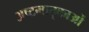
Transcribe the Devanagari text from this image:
अष्टमातृकाओं